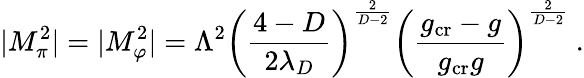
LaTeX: |M_{\pi}^{2}|=|M_{\varphi}^{2}|=\Lambda^{2}\left(\frac{4-D}{2\lambda_{D}}\right)^{\frac{2}{D-2}}\left(\frac{g_{\mathrm{cr}}-g}{g_{\mathrm{cr}}g}\right)^{\frac{2}{D-2}}\ .